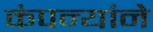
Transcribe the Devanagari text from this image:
कंपन्यांने